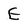
Character: E